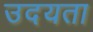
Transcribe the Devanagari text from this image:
उदयता